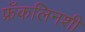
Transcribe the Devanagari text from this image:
फ्रँकलिनशी